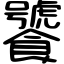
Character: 饕